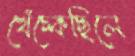
খেঁচ্‌কেছিলে